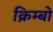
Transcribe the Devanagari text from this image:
क्रिम्बो